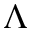
\Lambda